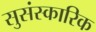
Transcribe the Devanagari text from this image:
सुसंस्कारिक